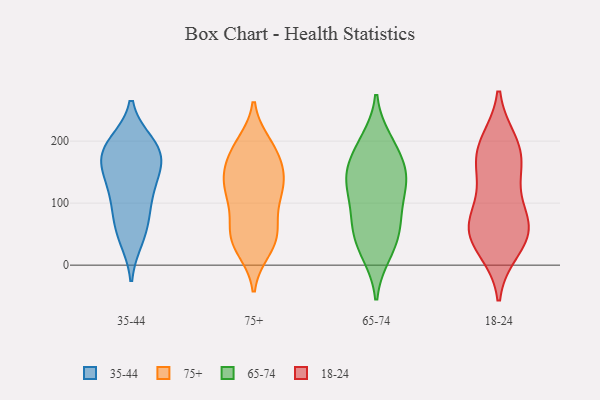
{"axis": {"x": "Headcount", "y": "Value"}, "legend": ["18-24", "35-44", "65-74", "75+"], "data": [{"x": "", "y": 138, "type": "35-44"}, {"x": "", "y": 171, "type": "35-44"}, {"x": "", "y": 116, "type": "35-44"}, {"x": "", "y": 139, "type": "35-44"}, {"x": "", "y": 191, "type": "35-44"}, {"x": "", "y": 43, "type": "35-44"}, {"x": "", "y": 196, "type": "35-44"}, {"x": "", "y": 170, "type": "35-44"}, {"x": "", "y": 94, "type": "35-44"}, {"x": "", "y": 78, "type": "35-44"}, {"x": "", "y": 172, "type": "35-44"}, {"x": "", "y": 194, "type": "35-44"}, {"x": "", "y": 51, "type": "35-44"}, {"x": "", "y": 191, "type": "75+"}, {"x": "", "y": 51, "type": "75+"}, {"x": "", "y": 25, "type": "75+"}, {"x": "", "y": 123, "type": "75+"}, {"x": "", "y": 47, "type": "75+"}, {"x": "", "y": 57, "type": "75+"}, {"x": "", "y": 179, "type": "75+"}, {"x": "", "y": 135, "type": "75+"}, {"x": "", "y": 185, "type": "75+"}, {"x": "", "y": 135, "type": "75+"}, {"x": "", "y": 142, "type": "75+"}, {"x": "", "y": 140, "type": "75+"}, {"x": "", "y": 164, "type": "75+"}, {"x": "", "y": 111, "type": "75+"}, {"x": "", "y": 105, "type": "75+"}, {"x": "", "y": 195, "type": "75+"}, {"x": "", "y": 83, "type": "75+"}, {"x": "", "y": 31, "type": "75+"}, {"x": "", "y": 40, "type": "75+"}, {"x": "", "y": 142, "type": "65-74"}, {"x": "", "y": 134, "type": "65-74"}, {"x": "", "y": 88, "type": "65-74"}, {"x": "", "y": 58, "type": "65-74"}, {"x": "", "y": 192, "type": "65-74"}, {"x": "", "y": 200, "type": "65-74"}, {"x": "", "y": 137, "type": "65-74"}, {"x": "", "y": 126, "type": "65-74"}, {"x": "", "y": 19, "type": "65-74"}, {"x": "", "y": 56, "type": "65-74"}, {"x": "", "y": 177, "type": "65-74"}, {"x": "", "y": 74, "type": "65-74"}, {"x": "", "y": 25, "type": "65-74"}, {"x": "", "y": 147, "type": "65-74"}, {"x": "", "y": 59, "type": "18-24"}, {"x": "", "y": 66, "type": "18-24"}, {"x": "", "y": 183, "type": "18-24"}, {"x": "", "y": 63, "type": "18-24"}, {"x": "", "y": 130, "type": "18-24"}, {"x": "", "y": 27, "type": "18-24"}, {"x": "", "y": 70, "type": "18-24"}, {"x": "", "y": 40, "type": "18-24"}, {"x": "", "y": 156, "type": "18-24"}, {"x": "", "y": 185, "type": "18-24"}, {"x": "", "y": 196, "type": "18-24"}]}